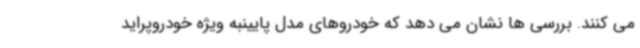
می کنند. بررسی ها نشان می دهد که خودروهای مدل پایینبه ویژه خودروپراید